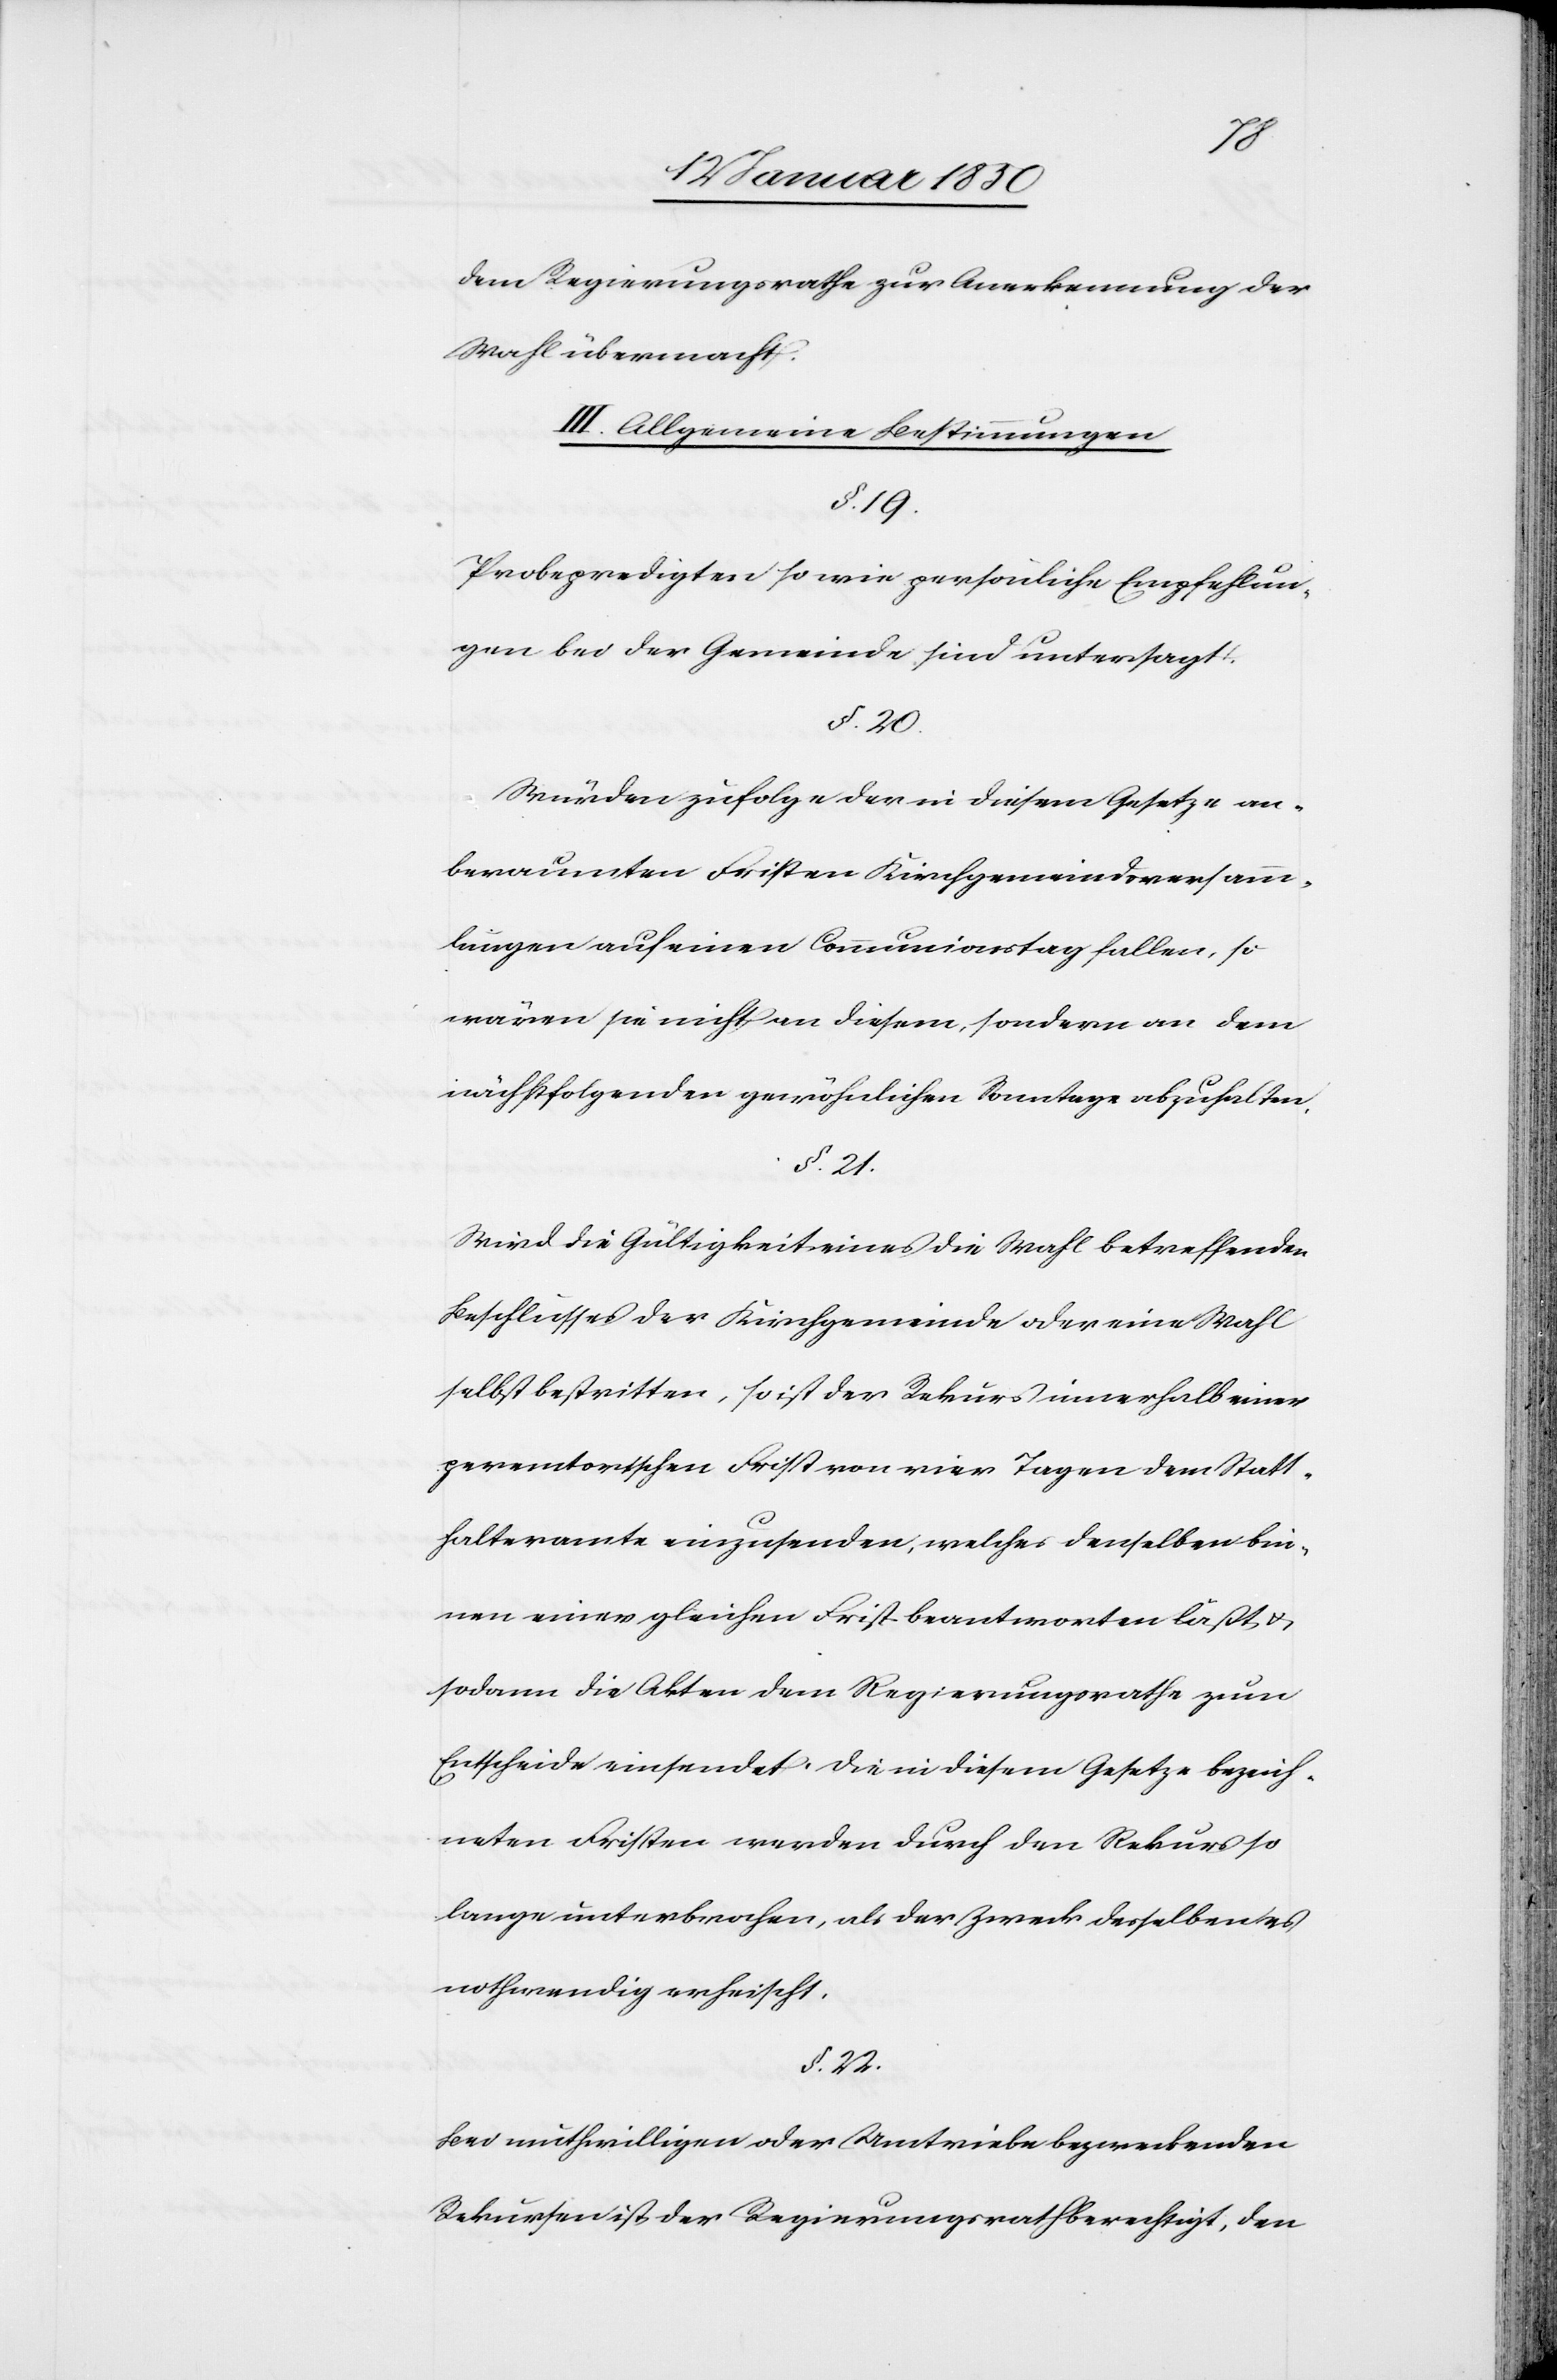
dem Regierungsrathe zur Anerkennung der
Wahl übermacht.
III. Allgemeine Bestimmungen
§. 19.
Probepredigten so wie persönliche Empfehlun¬
gen bei der Gemeinde sind untersagt.
§. 20.
Würden zufolge der in diesem Gesetze an¬
beraumten Fristen Kirchgemeindeversamm¬
lungen auf einen Communionstag fallen, so
wären sie nicht an diesem, sondern an dem
nächstfolgenden gewöhnlichen Sonntage abzuhalten.
§. 21.
Wird die Gültigkeit eines die Wahl betreffenden
Beschlusses der Kirchgemeinde oder eine Wahl
selbst bestritten, so ist der Rekurs innerhalb einer
peremtorischen Frist von vier Tagen dem Statt¬
halteramte einzusenden, welches denselben bin¬
nen einer gleichen Frist beantworten läßt u.
sodann die Akten dem Regierungsrathe zum
Entscheide einsendet. Die in diesem Gesetze bezeich¬
neten Fristen werden durch den Rekurs so
lange unterbrochen, als der Zweck desselben es
nothwendig erheischt.
§. 22.
Bei muthwilligen oder Umtriebe bezweckenden
Rekursen ist der Regierungsrath berechtigt, den